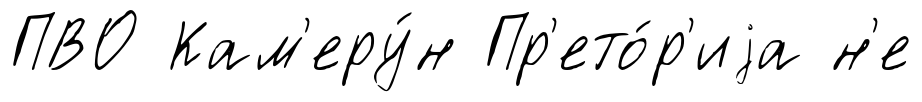
ПВО Кам'еру́н Пр'ето́р'иjа н'е